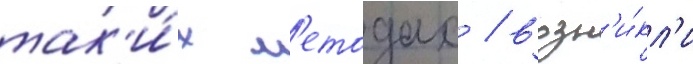
так'и́х м'етодах / возн'и́кл'и